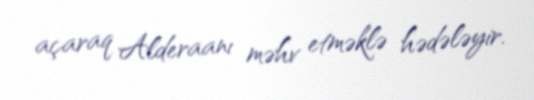
açaraq Alderaanı məhv etməklə hədələyir.